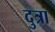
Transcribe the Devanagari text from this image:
दुत्रा